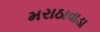
મરાઠાવાડા